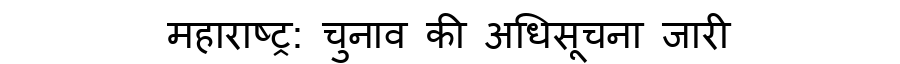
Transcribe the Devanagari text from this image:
महाराष्ट्र: चुनाव की अधिसूचना जारी